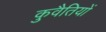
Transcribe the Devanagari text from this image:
कुवैतियों